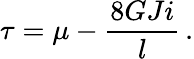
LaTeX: \tau=\mu-\frac{8GJi}{l}\, .